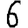
Digit: 6